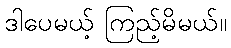
ဒါပေမယ့် ကြည့်မိမယ်။